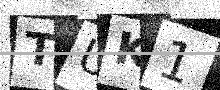
Text: TUK1